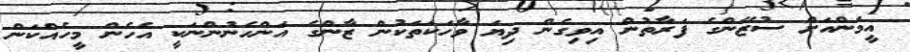
އީމަންއަށް ސުޒޭންގެ ފަރާތުން އިވިގެން ދިޔަ ވާހަކަތަކުން ޒާންގެ އަންހެނުންނަކީ އެހެން މީހެއްކަން